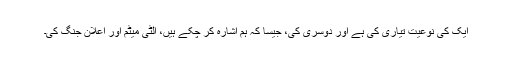
ایک کی نوعیت تیاری کی ہے اور دوسری کی، جیسا کہ ہم اشارہ کر چکے ہیں، الٹی میٹم اور اعلان جنگ کی۔